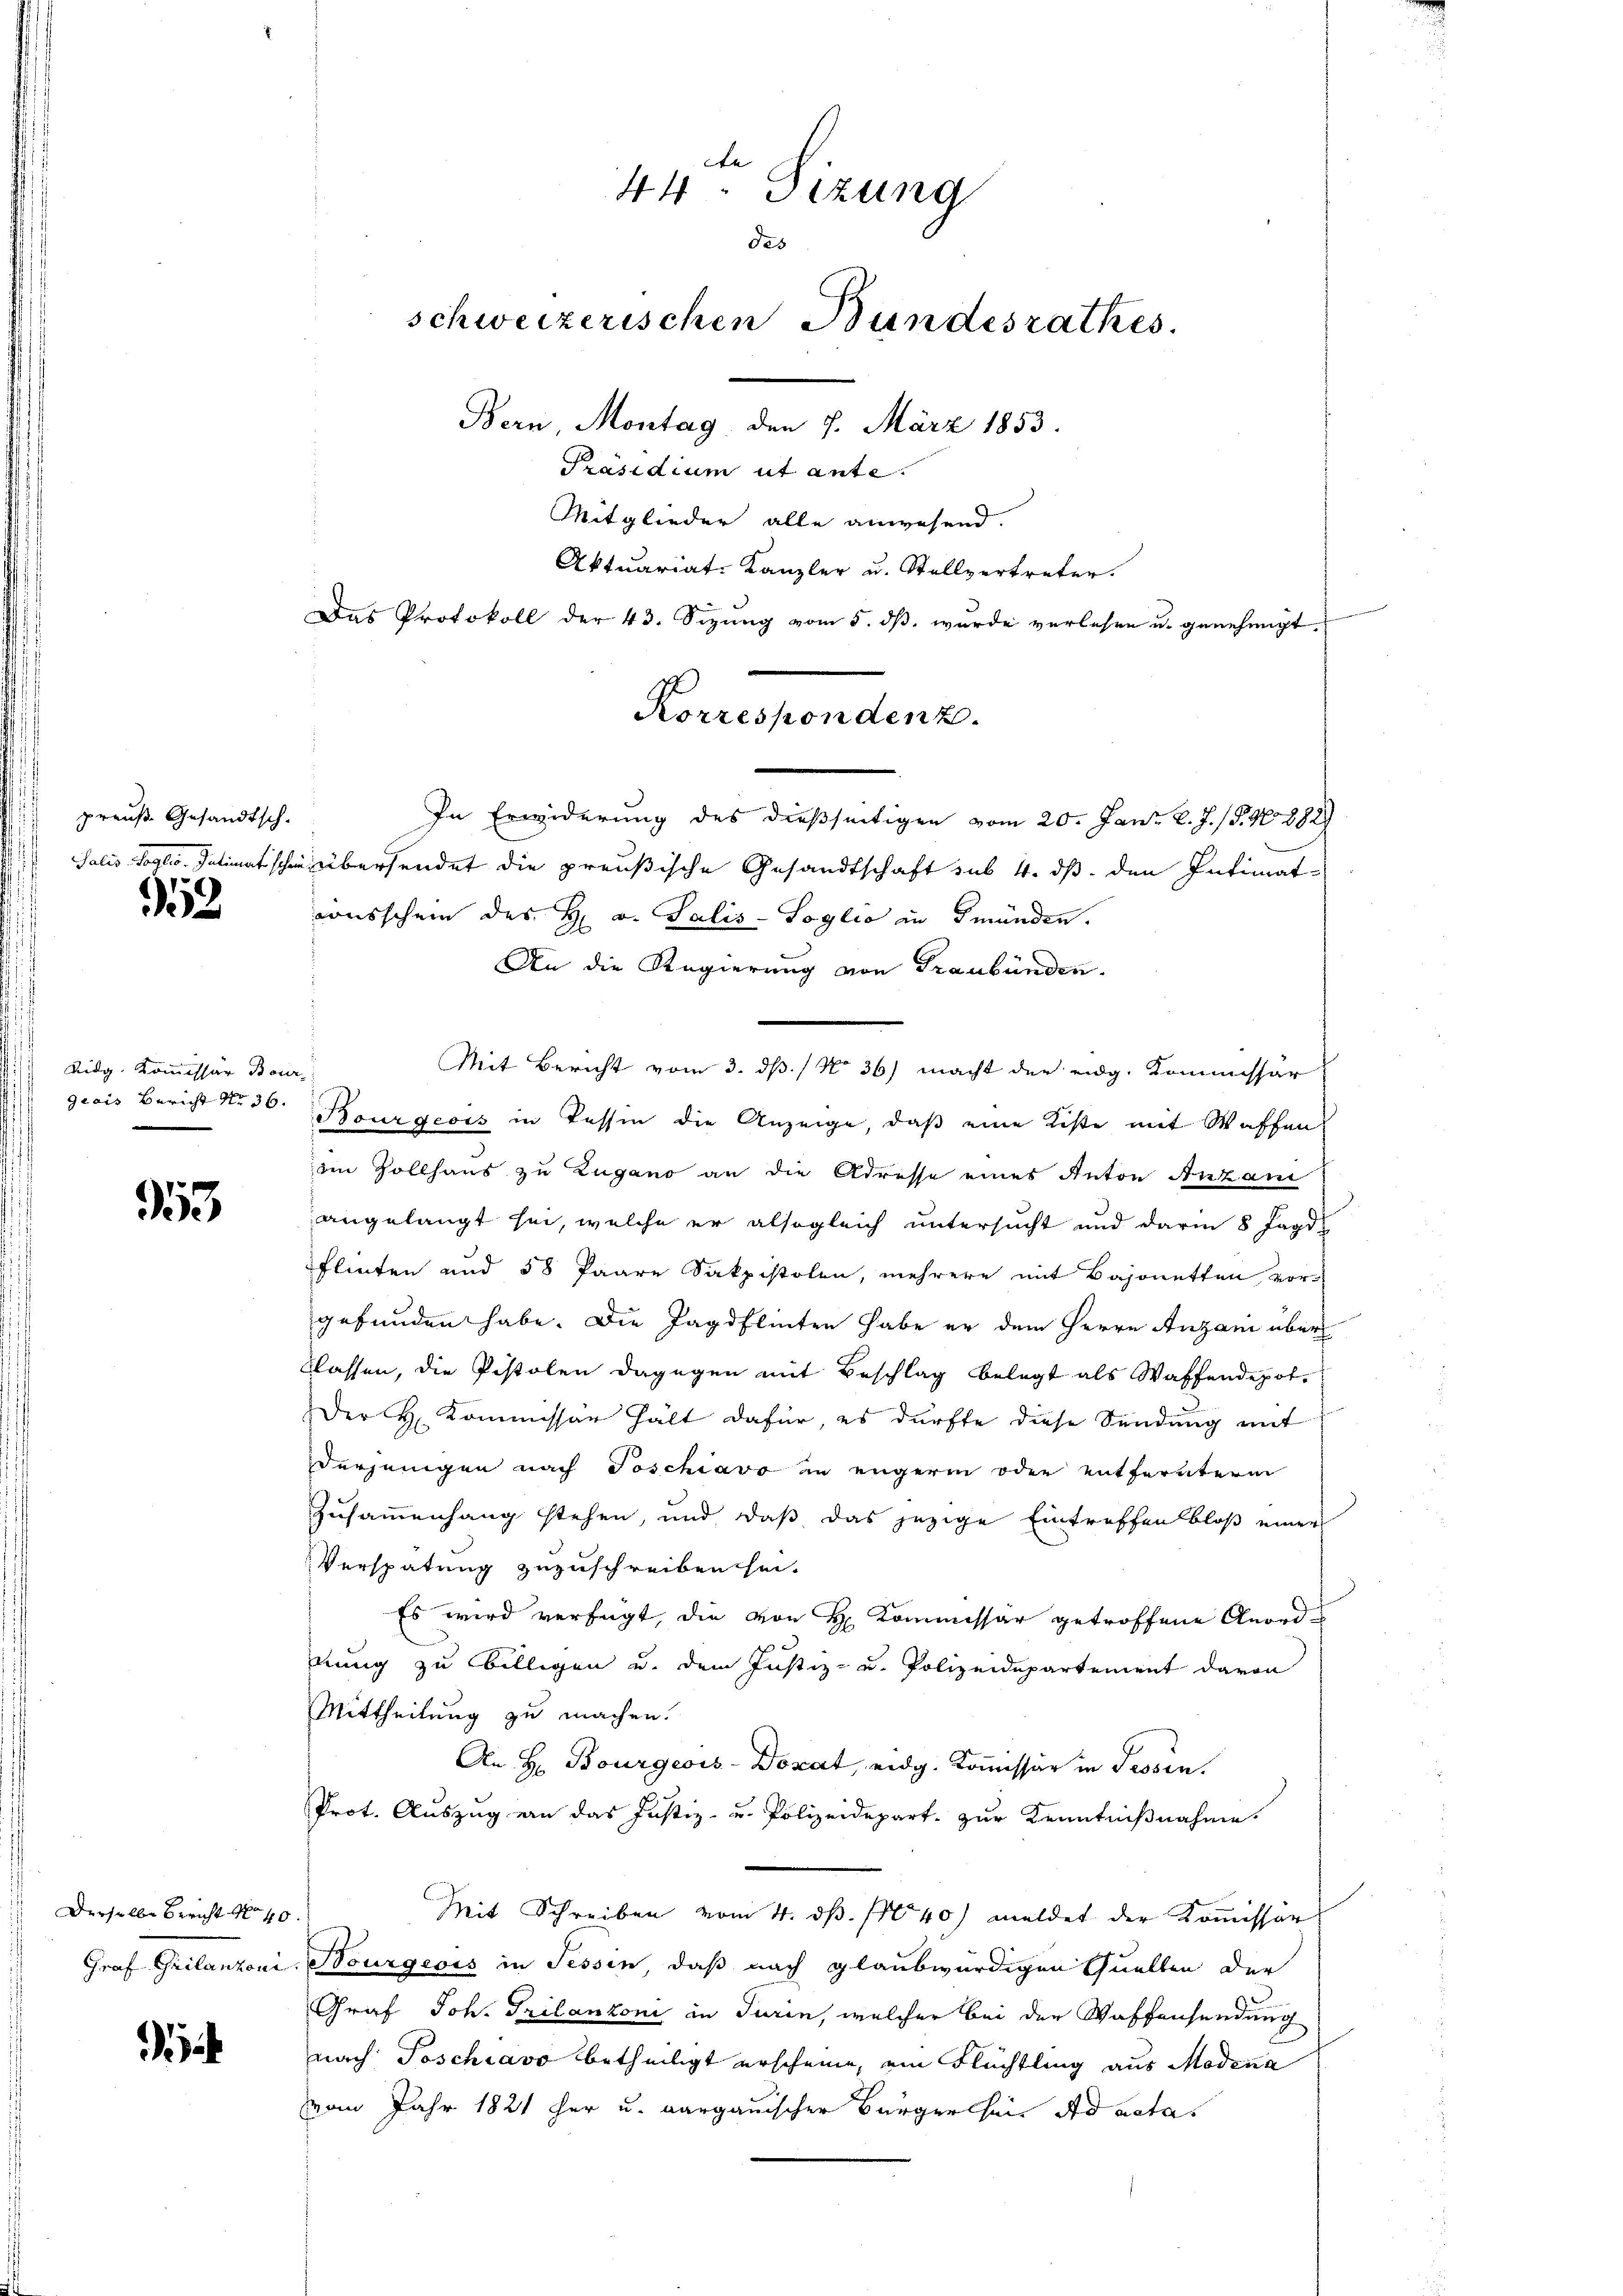
preuß Gesandtsch.
Salis-Soglio, Satinat schen

52

Lidg. Kommissär Bour
grais Bericht No 36.

353

Derselbe Bericht No 40
Graf Grilanzoni

e
44. Sizung
des
schweizerischen Bundesrathes.
Bern Montag, den 7. März 1853.
Präsidium ut ante.
Mitglieder alle anwesend.
Aktuariat-Kanzler u. Stellvertreter.
Das Protokoll der 43. Sizung vom 5. dß wurde verlesen u. genehmigt,

In Erwiderung des dießseitigen vom 20. Jani l. J. (S. 40882)
übersendet die preußische Gesandtschaft sub 4. ds. den Intimat-
ausschein des H. v. Salis-Soglio in Gmünden.
An die Regierung von Graubünden.
Bourgeois in Tessin die Anzeige, daß eine Kiste mit Waffen
im Zollhaus zu Zugano an die Adresse eines Anton Ankau
angelangt sei, welche er alsogleich untersucht und darin 8 Jagd
Flinten und 58 Paare Sakpistolen, mehrere mit Bajonetten, vorgefunden habe. Die Jagdflinten habe er dem Herrn Anzani über
Klassen, die Pistolen dagegen mit Beschlag belegt als Waffendepot-
Der H. Kommissar hält dafür, es dürfte diese Sendung mit
erjenigen nach Toschiavo in engerin oder entfernterm
Zusammenhang stehen, und daß das jezige Eintreffen bloß einer
Verspätung zuzuschreiben hei¬
Es wird verfügt, die von H. Kommissär getroffene Anorddung zu billigen u. dem Justiz- u. Polizeidepartement davon
Mittheilung zu machen.
An H. Bourgeois-Dozat, eidg. Kommissär in Tessin.
Prot. Auszug von das Justiz- u. Polizeidepart. zur Kenntnißnahme
Mit Schreiben vom 4. d. 140) meldet der Kommissar
Nourgeois in Tessin, daß nach glaubwürdigen Quellen der
Graf Joh. Trilanzoni in Turin, welcher bei der Waffensendung
nach Toschiavo betheiligt erscheine, ein Flüchtling aus Modena
vom Jahr 1821 her u. aargauischer Bürger sei ad actas

Korrespondenz.

Mit Bericht vom 3. ds. / No 36) macht der eidg. Kommissar